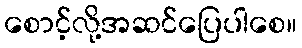
စောင့်လို့အဆင်ပြေပါစေ။